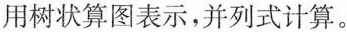
用树状算图表示，并列式计算。